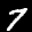
Label: 7